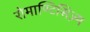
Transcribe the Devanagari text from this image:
रोमाण्टिसिज़्म